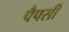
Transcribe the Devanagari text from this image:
पैपसी